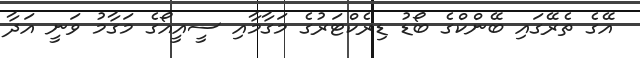
އޭގެ ތެރޭގައި ބޭންކްގެ ބޯޑު ޑިރެކްޓަރުގެ މަގާމާއި ސީއީއޯގެ މަގާމު ވަނީ އަދާ